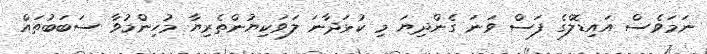
ނަމަވެސް އައިޑޮލްގެ ފަސް ވަނަ ގެންދިޔަ މި ކުޅަދާނަ ލަވަކިޔުންތެރިޔާ މުހިންމުވާ ސަބަބުތައް